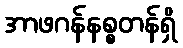
အာဖဂန်နစ္စတန်ရှိ